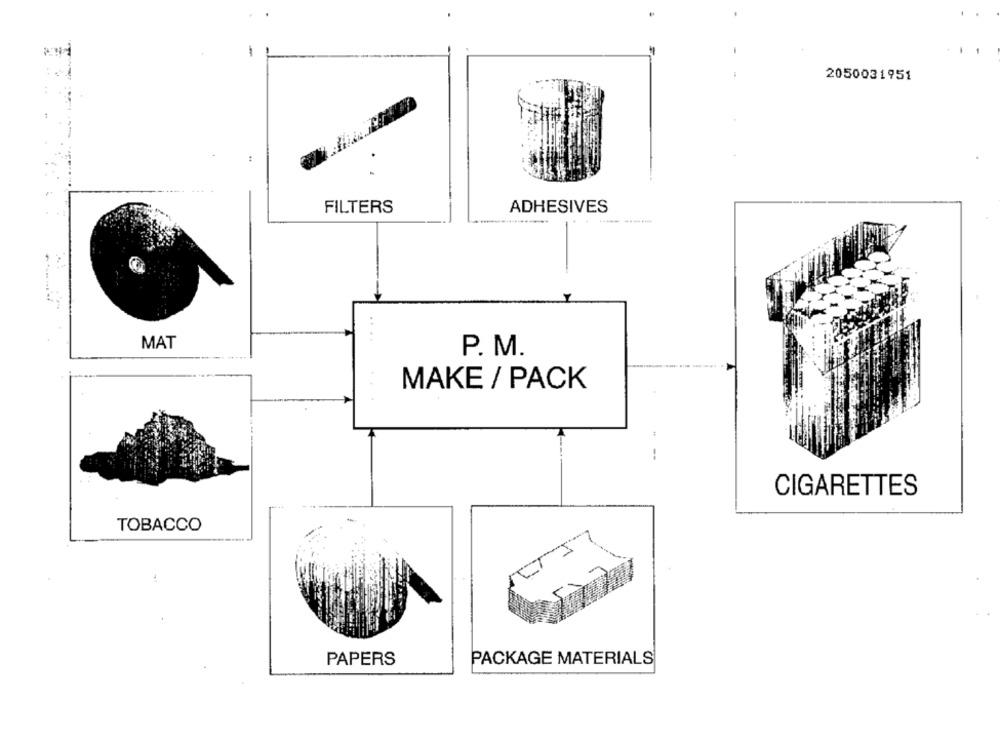
2050031951
..
FILTERS
ADHESIVES
....
MAT
P. M.
MAKE / PACK
--
CIGARETTES
TOBACCO
PACKAGE MATERIALS
PAPERS